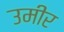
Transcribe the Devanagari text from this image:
उमीर